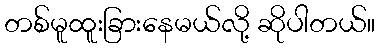
တစ်မူထူးခြားနေမယ်လို့ ဆိုပါတယ်။